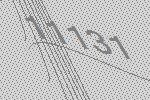
11131